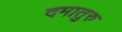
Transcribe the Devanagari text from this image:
दमातुरु